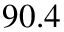
9 0 . 4